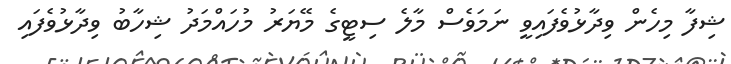
ޝިފާ މިހެން ވިދާޅުވެފައިވީ ނަމަވެސް މާލެ ސިޓީގެ މޭޔަރު މުހައްމަދު ޝިހާބު ވިދާޅުވެފައި